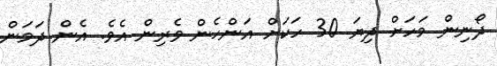
ދޯނިން މަހަށް ދިޔަ 30 ހަކަށް އަންހެން ވެރިން އެވެ. އެން ދަމަން